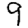
Digit: 9